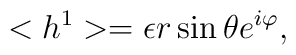
<h^{1}>=\epsilon r\sin \theta e^{i\varphi },